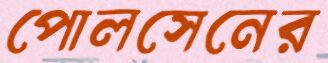
পোলসেনের